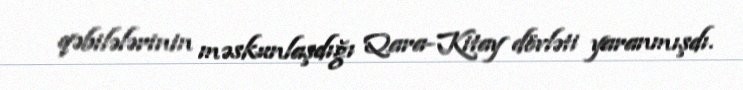
qəbilələrinin məskunlaşdığı Qara-Kitay dövləti yaranmışdı.